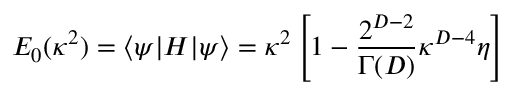
E _ { 0 } ( \kappa ^ { 2 } ) = \langle \psi | H | \psi \rangle = \kappa ^ { 2 } \left[ 1 - { \frac { 2 ^ { D - 2 } } { \Gamma ( D ) } } \kappa ^ { D - 4 } \eta \right]